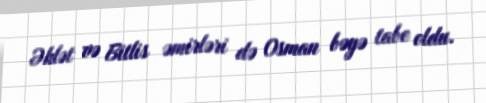
Əhlət və Bitlis əmirləri də Osman bəyə tabe oldu.